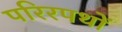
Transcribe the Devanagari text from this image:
परिरपथों